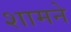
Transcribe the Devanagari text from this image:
शामने